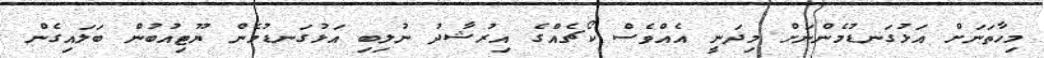
މިހާތަނަށް އަޅުގަނޑުމެންނަށް މިދަނީ އެއްވެސް ކޯޗެއްގެ އިރުޝާދު ނުލިބި އަޅުގަނޑުމެން ޔޫޓިއުބުން ބަލައިގެން